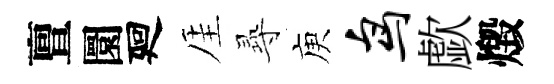
亶圜廻厓𡬶庾鸟歔燬